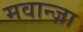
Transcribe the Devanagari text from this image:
मवान्ज़ा